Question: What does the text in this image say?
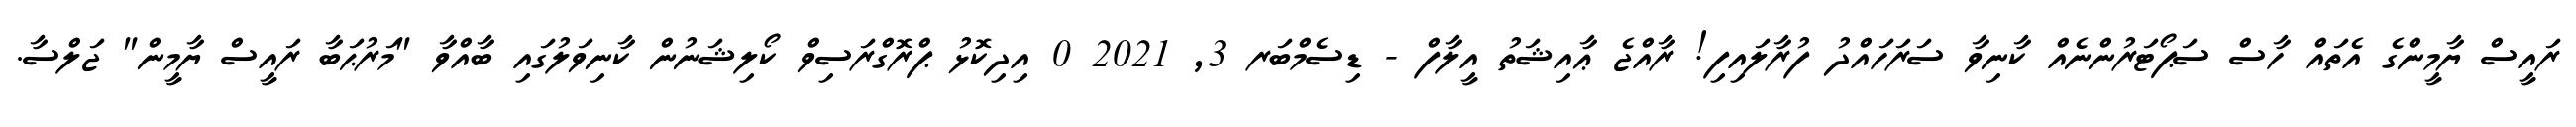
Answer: ރައީސް ޔާމީންގެ އެތައް ހާސް ސަޕޯޓަރުންނެއް ކާނިވާ ސަރަހައްދު ފުރާލައިފި! ރާއްޖެ ޢާއިޝަތު އީލާފް - ޑިސެމްބަރ 3, 2021 0 އިދިކޮޅު ޕްރޮގްރަސިވް ކޯލިޝަނުން ކާނިވަލުގައި ބާއްވާ "މަރުޙަބާ ރައީސް ޔާމީން" ޖަލްސާ.